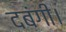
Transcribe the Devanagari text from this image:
दबंगी।